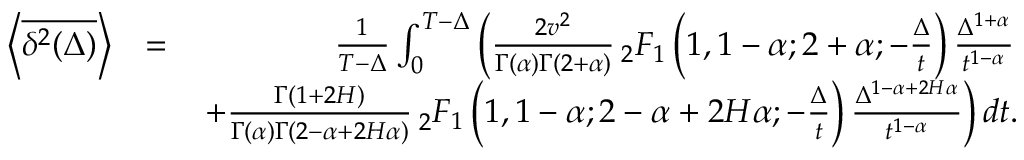
\begin{array} { r l r } { \left< \overline { { \delta ^ { 2 } ( \Delta ) } } \right> } & { = } & { \frac { 1 } { T - \Delta } \int _ { 0 } ^ { T - \Delta } \left( \frac { 2 v ^ { 2 } } { \Gamma ( \alpha ) \Gamma ( 2 + \alpha ) } \, _ { 2 } F _ { 1 } \left( 1 , 1 - \alpha ; 2 + \alpha ; - \frac { \Delta } { t } \right) \frac { \Delta ^ { 1 + \alpha } } { t ^ { 1 - \alpha } } \right. } \\ & { } & { \left. + \frac { \Gamma ( 1 + 2 H ) } { \Gamma ( \alpha ) \Gamma ( 2 - \alpha + 2 H \alpha ) } \, _ { 2 } F _ { 1 } \left( 1 , 1 - \alpha ; 2 - \alpha + 2 H \alpha ; - \frac { \Delta } { t } \right) \frac { \Delta ^ { 1 - \alpha + 2 H \alpha } } { t ^ { 1 - \alpha } } \right) d t . } \end{array}